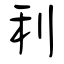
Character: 利